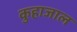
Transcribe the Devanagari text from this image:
कुहाजाल